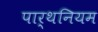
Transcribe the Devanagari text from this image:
पार्थनियम